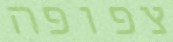
צפופה